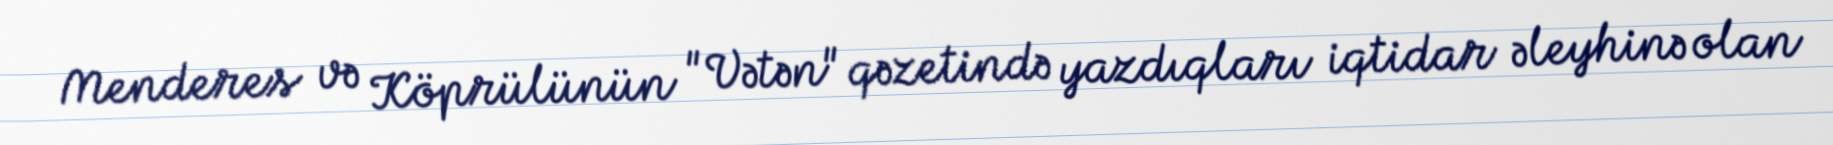
Menderes və Köprülünün "Vətən" qəzetində yazdıqları iqtidar əleyhinə olan